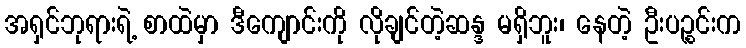
အရှင်ဘုရားရဲ့ စာထဲမှာ ဒီကျောင်းကို လိုချင်တဲ့ဆန္ဒ မရှိဘူး၊ နေတဲ့ ဦးပဉ္စင်းက